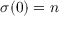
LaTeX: \sigma ( 0 ) = n